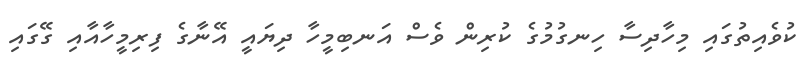
ކުވެއިތުގައި މިހާދިސާ ހިނގުމުގެ ކުރިން ވެސް އަނބިމީހާ ދިޔައީ އޭނާގެ ފިރިމީހާއާއި ގޭގައި